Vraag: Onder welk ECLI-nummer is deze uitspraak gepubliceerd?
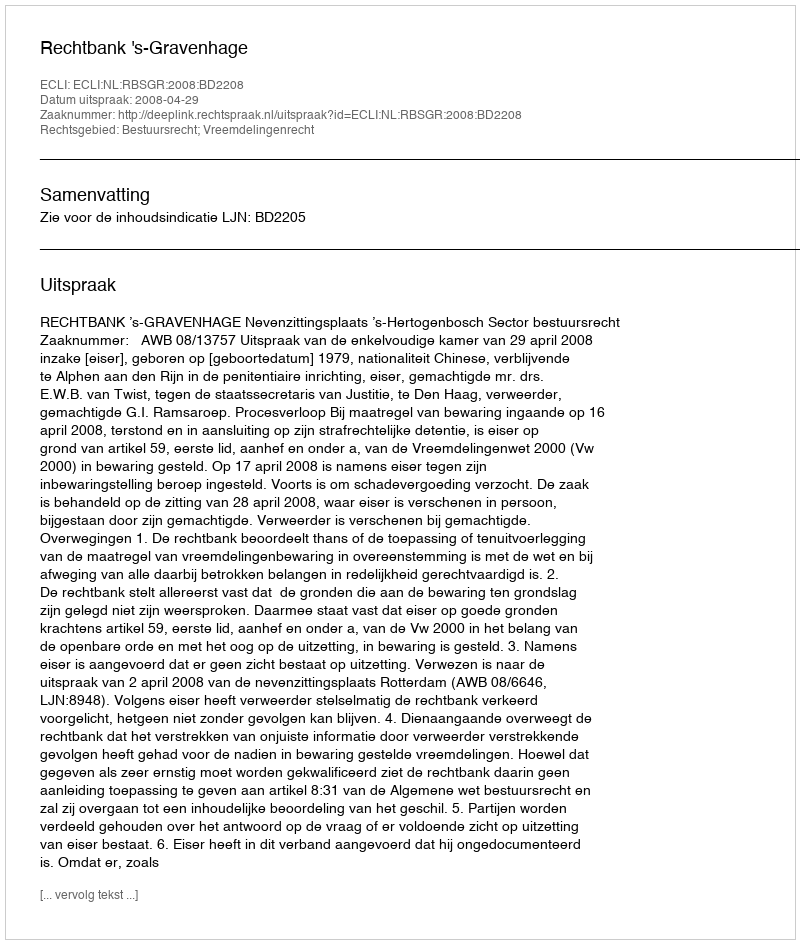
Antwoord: ECLI:NL:RBSGR:2008:BD2208